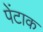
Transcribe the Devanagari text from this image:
पेंटाक